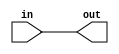
module open_drain_buffer
#(
    parameter INPUT_WIDTH = 1,
    parameter OUTPUT_WIDTH = 1,
    parameter PULL_UP_ENABLE = 0
)
(
    input wire [INPUT_WIDTH-1:0] in,
    output reg [OUTPUT_WIDTH-1:0] out
);

assign out = in;

// If pull-up resistor enable is true, set output to high impedance
always @*
begin
    if(PULL_UP_ENABLE)
        out = 1'bz;
end

endmodule